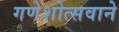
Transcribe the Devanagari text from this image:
गणेशोत्सवाने